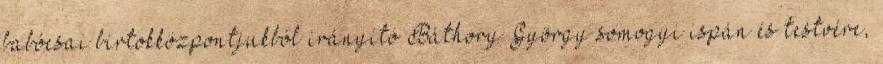
babócsai birtokközpontjukból irányító Báthory György somogyi ispán és testvére,